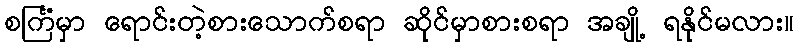
စင်္ကြံမှာ ရောင်းတဲ့စားသောက်စရာ ဆိုင်မှာစားစရာ အချို့ ရနိုင်မလား။